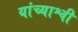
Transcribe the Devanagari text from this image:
यांच्याश्वी